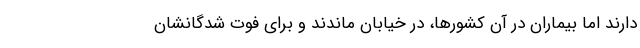
دارند اما بیماران در آن کشورها، در خیابان ماندند و برای فوت شدگانشان